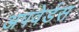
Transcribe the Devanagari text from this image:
अपवेर्डस